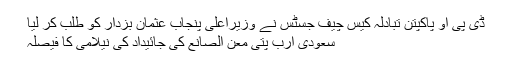
ڈی پی او پاکپتن تبادلہ کیس چیف جسٹس نے وزیراعلیٰ پنجاب عثمان بزدار کو طلب کر لیا
سعودی ارب پتی معن الصانع کی جائیداد کی نیلامی کا فیصلہ